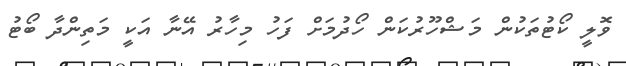
ވޮލީ ކޯޓުތަކުން މަޝްހޫރުކަން ހޯދުމަށް ފަހު މިހާރު އޭނާ އަކީ މަތިންދާ ބޯޓު